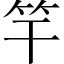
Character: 竿